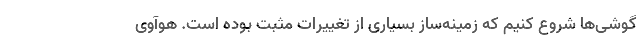
گوشی‌ها شروع کنیم که زمینه‌ساز بسیاری از تغییرات مثبت بوده است. هوآوی